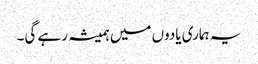
یہ ہماری یادوں میں ہمیشہ رہے گی۔